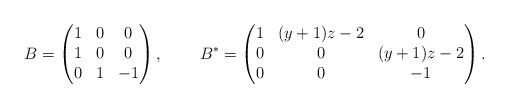
\begin{align*} B &= \begin{pmatrix} 1 & 0 & 0 \\ 1 & 0 & 0 \\ 0 & 1 & -1 \end{pmatrix},& B^* &= \begin{pmatrix} 1 & (y+1)z-2 & 0 \\ 0 & 0 & (y+1)z-2 \\ 0 & 0 & -1 \end{pmatrix}.\end{align*}